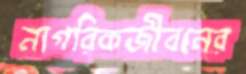
নাগরিকজীবনের